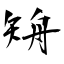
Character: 矪